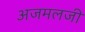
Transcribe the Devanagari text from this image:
अजमलजी